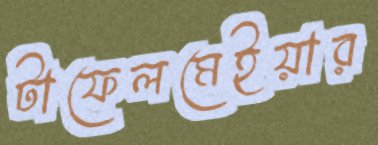
টাফেলমেইয়ার